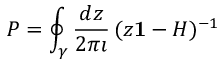
P = \oint _ { \gamma } \frac { d z } { 2 \pi \imath } \, ( z { \bf 1 } - H ) ^ { - 1 }